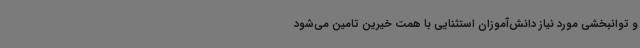
و توانبخشی مورد نیاز دانش‌آموزان استثنایی با همت خیرین تامین می‌شود